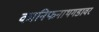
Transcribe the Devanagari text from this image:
कानिफनाथगडावर